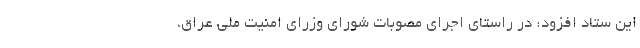
این ستاد افزود: در راستای اجرای مصوبات شورای وزرای امنیت ملی عراق،